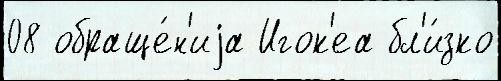
08 обраще́н'иjа Игок'еа бл'и́зко